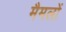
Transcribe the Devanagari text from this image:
मैमलों